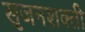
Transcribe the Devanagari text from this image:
सृजनशक्ती